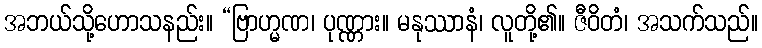
အဘယ်သို့ဟောသနည်း။ “ဗြာဟ္မဏ၊ ပုဏ္ဏား။ မနုဿာနံ၊ လူတို့၏။ ဇီဝိတံ၊ အသက်သည်။